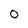
Character: 0